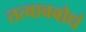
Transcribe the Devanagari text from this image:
तत्वावबोधं